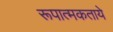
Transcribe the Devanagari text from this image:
रूपात्मकताये